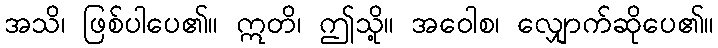
အသိ၊ ဖြစ်ပါပေ၏။ ဣတိ၊ ဤသို့။ အဝေါစ၊ လျှောက်ဆိုပေ၏။